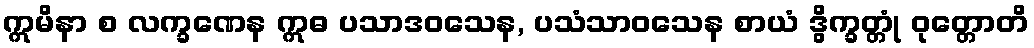
ဣမိနာ စ လက္ခဏေန ဣဓ ပသာဒဝသေန, ပသံသာဝသေန စာယံ ဒွိက္ခတ္တုံ ဝုတ္တောတိ